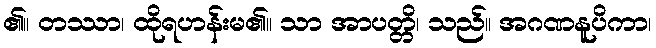
၏။ တဿာ၊ ထိုရဟန်းမ၏။ သာ အာပတ္တိ၊ သည်။ အဂဏနူပိကာ၊